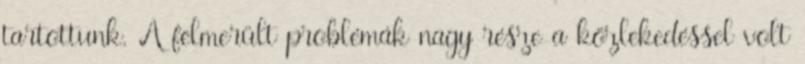
tartottunk. A felmerült problémák nagy része a közlekedéssel volt